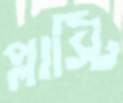
প্লাস্টি